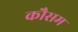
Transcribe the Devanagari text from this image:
कौसम